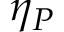
\eta _ { P }